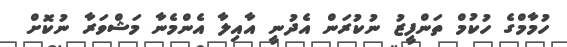
ހުމާމްގެ ހުކުމް ތަންފީޒު ނުކުރަން އެދުނީ އާއިލާ އެންމެނާ މަޝްވަރާ ނުކޮށް